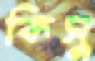
কিসু